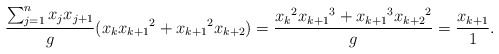
\begin{align*} \frac{\sum_{j=1}^n x_jx_{j+1}}{g} (x_{k}{x_{k+1}}^2+{x_{k+1}}^2x_{k+2})=\frac{{x_{k}}^2{x_{k+1}}^3+{x_{k+1}}^3{x_{k+2}}^2}{g}=\frac{x_{k+1}}{1}.\end{align*}